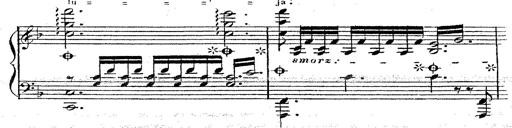
Title: 12 Lieder von Franz Schubert
Composer: Franz Liszt